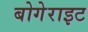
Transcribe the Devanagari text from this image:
बोगेराइट